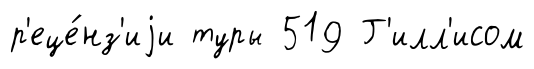
р'еце́нз'иjи туры 519 Г'илл'исом